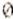
0